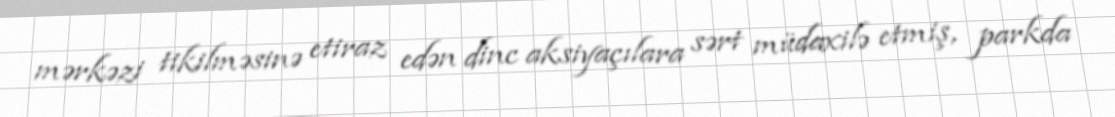
mərkəzi tikilməsinə etiraz edən dinc aksiyaçılara sərt müdaxilə etmiş, parkda